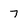
Character: 7